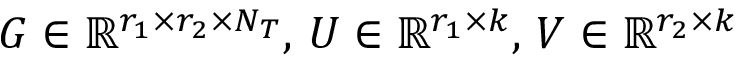
G \in \mathbb { R } ^ { r _ { 1 } \times r _ { 2 } \times N _ { T } } , \, U \in \mathbb { R } ^ { r _ { 1 } \times k } , \, V \in \mathbb { R } ^ { r _ { 2 } \times k }